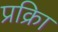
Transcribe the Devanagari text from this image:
प्रक्रिा